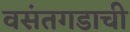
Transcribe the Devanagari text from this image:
वसंतगडाची